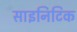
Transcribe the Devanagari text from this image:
साइनिटिक